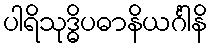
ပါရိသုဒ္ဓိပဓာနိယင်္ဂါနိ